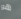
هو